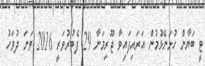
ޓީ ބަޔާން ހުށަނޭޅުމުން އަރައިފައިވާ ޖޫރިމަނާ 29 ފެބުރުވަރީ 2016 ވަނަ ދުވަހު